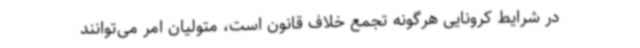
در شرایط کرونایی هرگونه تجمع خلاف قانون است، متولیان امر می‌توانند